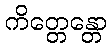
ကိတ္တေန္တော